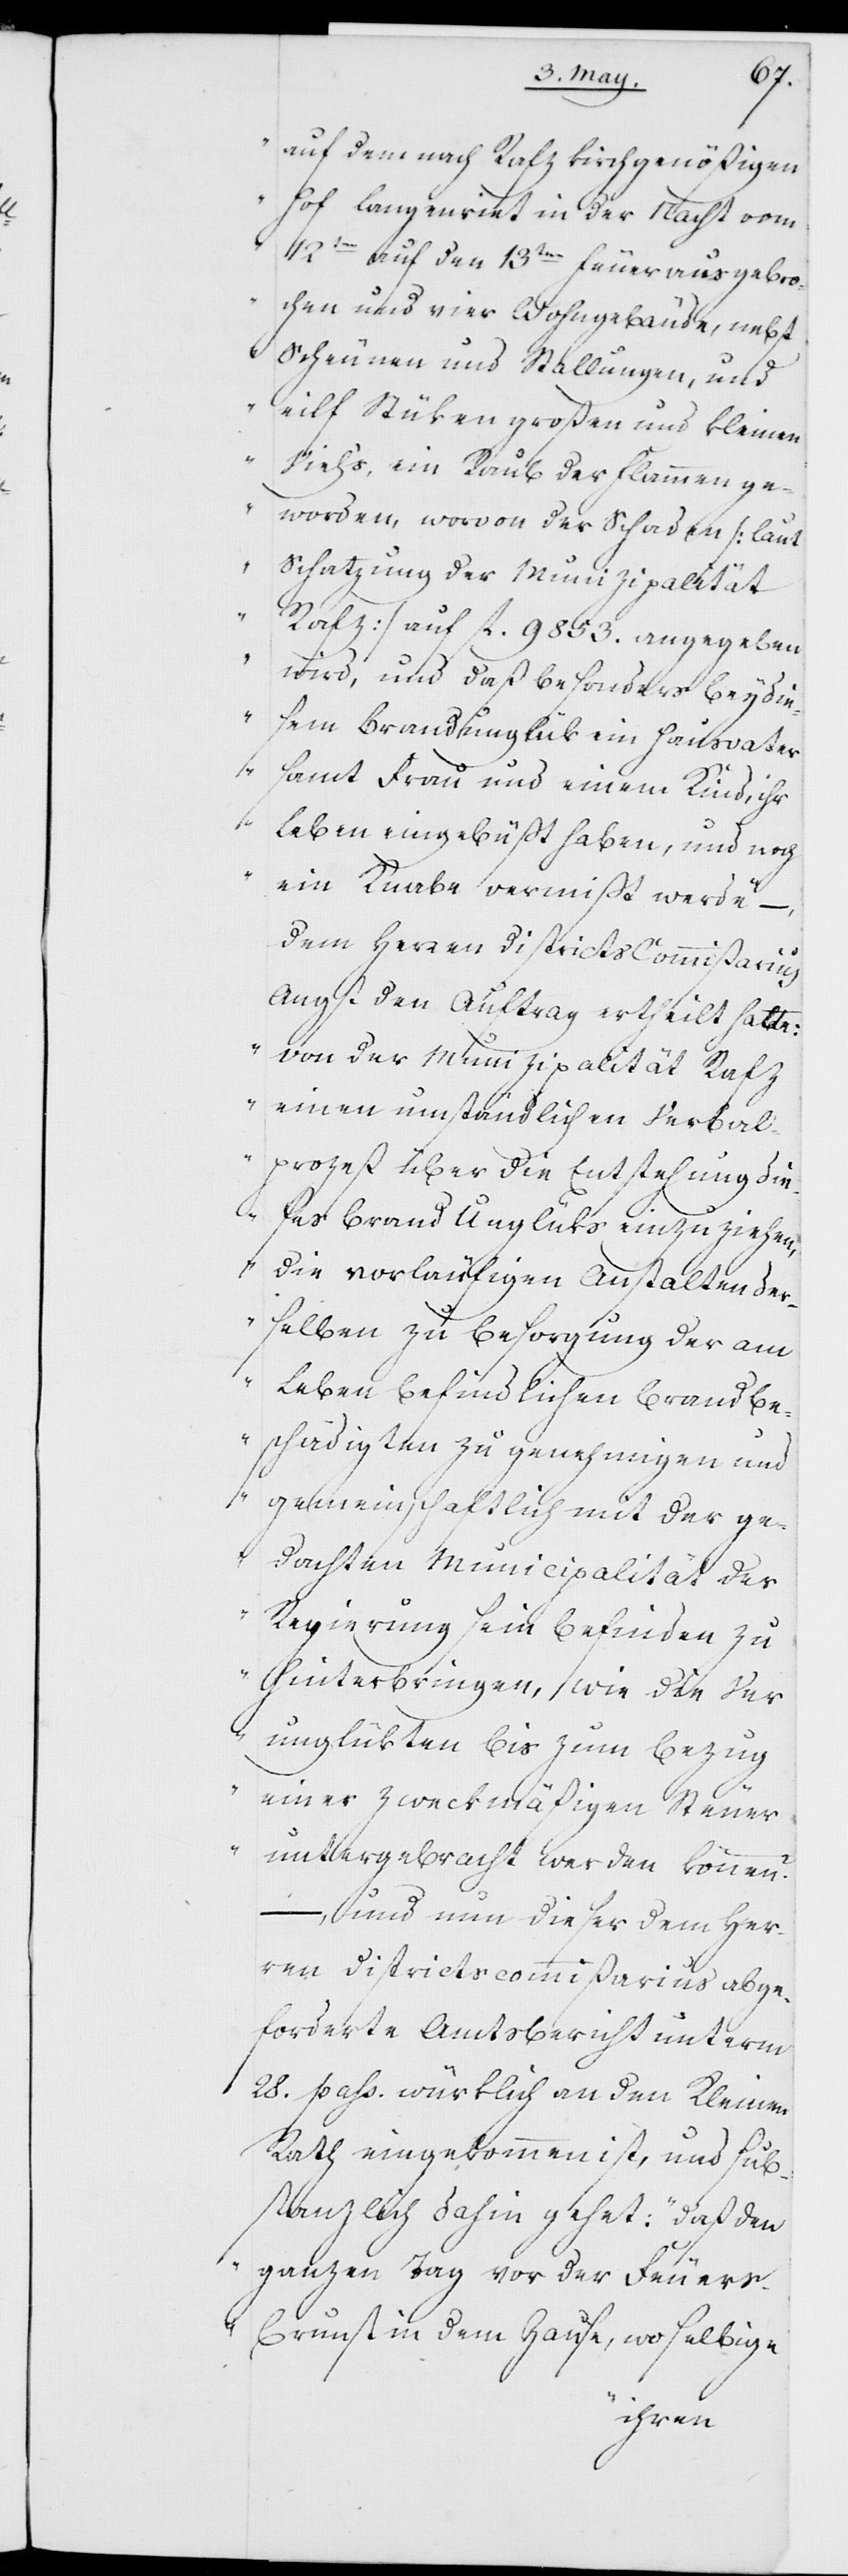
auf dem nach Rafz kirchgenößigen
Hof Langenriet in der Nacht vom
12ten auf den 13ten Feuer ausgebro¬
chen und vier Wohngebäude, nebst
Scheunen und Stallungen, und
eilf Stücken großen und kleinen
Vieh’s, ein Raub der Flammen ge¬
worden, worvon der Schaden (laut
Schatzung der Munizipalität
Rafz) auf fl. 9853. angegeben
wird, und daß besonders bey die¬
sem Brandunglük ein Hausvater
samt Frau und einem Kind, ihr
Leben eingebüßt haben, und noch
ein Knabe vermißt werde,“
dem Herren Districts Commißarius
Angst den Auftrag ertheilt hatte:
„von der Munizipalität Rafz
einen umständlichen Verbal¬
prozeß über die Entstehung die¬
ses Brand Unglüks einzuziehen,
die vorläufigen Anstalten der¬
selben zu Besorgung der am
Leben befindlichen Brandbe¬
schädigten zu genehmigen und
gemeinschaftlich mit der ge¬
dachten Municipalität der
Regierung sein Befinden zu
hinterbringen, wie die Ver¬
unglükten bis zum Bezug
einer zweckmäßigen Steuer
untergebracht werden können?“
–, und nun dieser dem Her¬
ren Districtscommißarius abge¬
forderte Amtsbericht unterm
28. pass. würklich an den Kleinen
Rath eingekommen ist, und sub¬
stanzlich dahin gehet: „daß den
ganzen Tag vor der Feuers¬
brunst in dem Hause, wo selbige